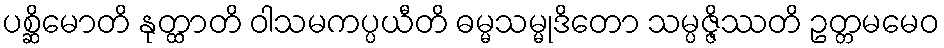
ပစ္ဆိမောတိ နုတ္ထာတိ ဝါသမကပ္ပယီတိ ဓမ္မသမ္မုဒိတော သမ္ပဇ္ဇိဿတိ ဥတ္တမမေဝ